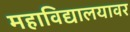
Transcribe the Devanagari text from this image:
महाविद्यालयावर